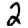
Digit: 2